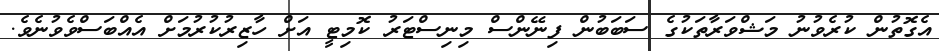
އެގޮތުން ކުރެވުނު މަޝްވަރާތަކުގެ ސަބަބުން ފިނޭންސް މިނިސްޓަރު ކޮމިޓީ އަށް ހާޒިރުކުރުމަށް އެއްބަސްވެވުނެވެ.